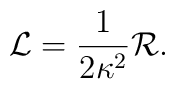
\mathcal{L}=\frac{1}{2\kappa^2}\mathcal{R}.